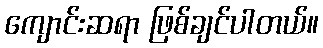
ကျောင်းဆရာ ဖြစ်ချင်ပါတယ်။